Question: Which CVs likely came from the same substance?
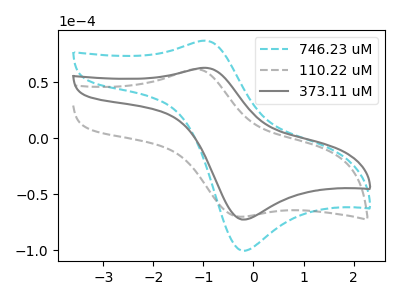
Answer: <think>The cyan dashed curve "746.23 uM" has an anodic peak at (-1.00V, 87.30uA) and a cathodic peak at (-0.15V, -100.25uA). The gray dashed curve "110.22 uM" has an anodic peak at (-1.10V, 61.50uA) and a cathodic peak at (-0.30V, -69.85uA). The gray curve "373.11 uM" has an anodic peak at (-1.00V, 63.05uA) and a cathodic peak at (-0.15V, -72.40uA).
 "746.23 uM" and "110.22 uM" have at least one peak that do not match. All the peaks in "746.23 uM" have a peak in "373.11 uM" at the same potential. Every peak in "746.23 uM" is higher than every peak in "373.11 uM". "110.22 uM" and "373.11 uM" have at least one peak that do not match.</think>
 <answer>"373.11 uM" and "746.23 uM" have the same shape and are likely CV's of the same chemical.</answer>
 <eval>"373.11 uM" "746.23 uM"</eval>